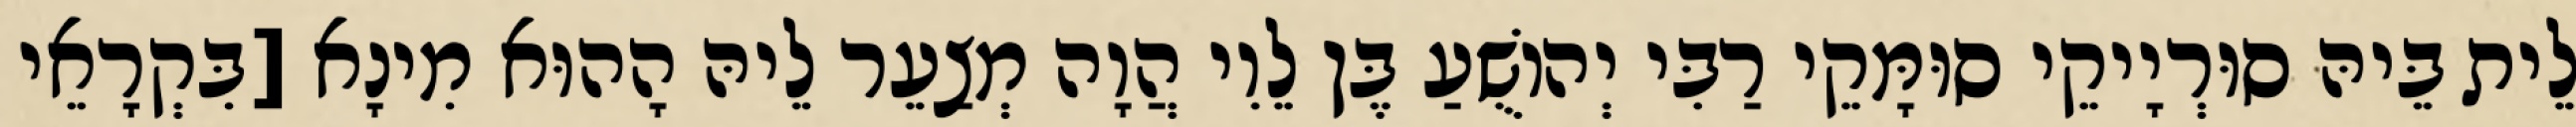
לֵית בֵּיהּ סוּרְיָיקֵי סוּמָּקֵי רַבִּי יְהוֹשֻׁעַ בֶּן לֵוִי הֲוָה מְצַעֵר לֵיהּ הָהוּא מִינָא [בִּקְרָאֵי